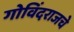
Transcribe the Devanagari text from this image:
गोविंदराजचे